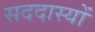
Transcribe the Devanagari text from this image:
सददास्यों